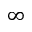
\infty